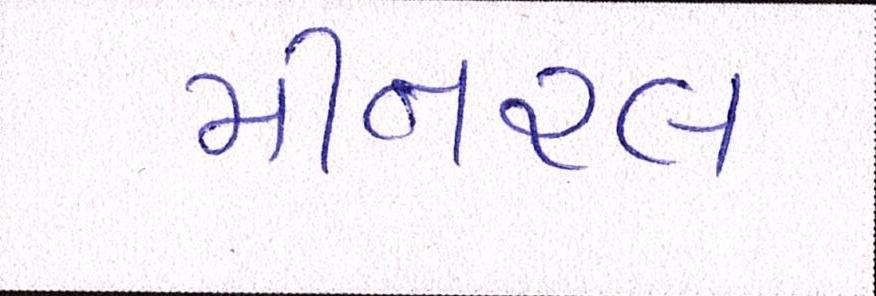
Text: મીનરલ